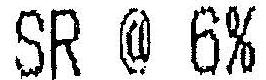
SR @ 6%